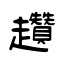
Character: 趲